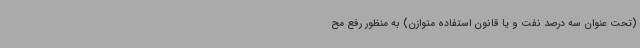
(تحت عنوان سه درصد نفت و یا قانون استفاده متوازن) به منظور رفع مح